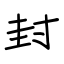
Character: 封